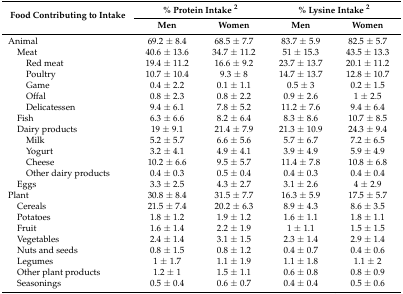
<table><thead><tr><td rowspan="2"><b>Food Contributing to Intake</b></td><td colspan="2"><b>% Protein Intake <sup>2</sup></b></td><td colspan="2"><b>% Lysine Intake <sup>2</sup></b></td></tr><tr><td><b>Men</b></td><td><b>Women</b></td><td><b>Men</b></td><td><b>Women</b></td></tr></thead><tbody><tr><td>Animal</td><td>69.2 ± 8.4</td><td>68.5 ± 7.7</td><td>83.7 ± 5.9</td><td>82.5 ± 5.7</td></tr><tr><td> Meat</td><td>40.6 ± 13.6</td><td>34.7 ± 11.2</td><td>51 ± 15.3</td><td>43.5 ± 13.3</td></tr><tr><td>Red meat</td><td>19.4 ± 11.2</td><td>16.6 ± 9.2</td><td>23.7 ± 13.7</td><td>20.1 ± 11.2</td></tr><tr><td>Poultry</td><td>10.7 ± 10.4</td><td>9.3 ± 8</td><td>14.7 ± 13.7</td><td>12.8 ± 10.7</td></tr><tr><td>Game</td><td>0.4 ± 2.2</td><td>0.1 ± 1.1</td><td>0.5 ± 3</td><td>0.2 ± 1.5</td></tr><tr><td>Offal</td><td>0.8 ± 2.3</td><td>0.8 ± 2.2</td><td>0.9 ± 2.6</td><td>1 ± 2.5</td></tr><tr><td>Delicatessen</td><td>9.4 ± 6.1</td><td>7.8 ± 5.2</td><td>11.2 ± 7.6</td><td>9.4 ± 6.4</td></tr><tr><td> Fish</td><td>6.3 ± 6.6</td><td>8.2 ± 6.4</td><td>8.3 ± 8.6</td><td>10.7 ± 8.5</td></tr><tr><td> Dairy products</td><td>19 ± 9.1</td><td>21.4 ± 7.9</td><td>21.3 ± 10.9</td><td>24.3 ± 9.4</td></tr><tr><td>Milk</td><td>5.2 ± 5.7</td><td>6.6 ± 5.6</td><td>5.7 ± 6.7</td><td>7.2 ± 6.5</td></tr><tr><td>Yogurt</td><td>3.2 ± 4.1</td><td>4.9 ± 4.1</td><td>3.9 ± 4.9</td><td>5.9 ± 4.9</td></tr><tr><td>Cheese</td><td>10.2 ± 6.6</td><td>9.5 ± 5.7</td><td>11.4 ± 7.8</td><td>10.8 ± 6.8</td></tr><tr><td>Other dairy products</td><td>0.4 ± 0.3</td><td>0.5 ± 0.4</td><td>0.4 ± 0.3</td><td>0.4 ± 0.4</td></tr><tr><td> Eggs</td><td>3.3 ± 2.5</td><td>4.3 ± 2.7</td><td>3.1 ± 2.6</td><td>4 ± 2.9</td></tr><tr><td>Plant</td><td>30.8 ± 8.4</td><td>31.5 ± 7.7</td><td>16.3 ± 5.9</td><td>17.5 ± 5.7</td></tr><tr><td> Cereals</td><td>21.5 ± 7.4</td><td>20.2 ± 6.3</td><td>8.9 ± 4.3</td><td>8.6 ± 3.5</td></tr><tr><td> Potatoes</td><td>1.8 ± 1.2</td><td>1.9 ± 1.2</td><td>1.6 ± 1.1</td><td>1.8 ± 1.1</td></tr><tr><td> Fruit</td><td>1.6 ± 1.4</td><td>2.2 ± 1.9</td><td>1 ± 1.1</td><td>1.5 ± 1.5</td></tr><tr><td> Vegetables</td><td>2.4 ± 1.4</td><td>3.1 ± 1.5</td><td>2.3 ± 1.4</td><td>2.9 ± 1.4</td></tr><tr><td> Nuts and seeds</td><td>0.8 ± 1.5</td><td>0.8 ± 1.2</td><td>0.4 ± 0.7</td><td>0.4 ± 0.6</td></tr><tr><td> Legumes</td><td>1 ± 1.7</td><td>1.1 ± 1.9</td><td>1.1 ± 1.8</td><td>1.1 ± 2</td></tr><tr><td> Other plant products</td><td>1.2 ± 1</td><td>1.5 ± 1.1</td><td>0.6 ± 0.8</td><td>0.8 ± 0.9</td></tr><tr><td> Seasonings</td><td>0.5 ± 0.4</td><td>0.6 ± 0.7</td><td>0.4 ± 0.4</td><td>0.5 ± 0.6</td></tr></tbody></table>